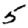
Digit: 5